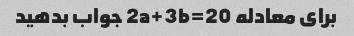
برای معادله 2a+3b=20 جواب بدهید